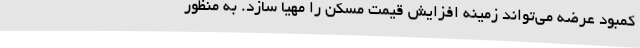
کمبود عرضه می‌تواند زمینه افزایش قیمت مسکن را مهیا سازد. به منظور